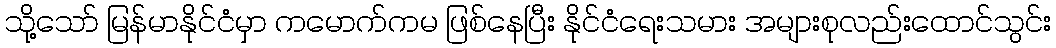
သို့သော် မြန်မာနိုင်ငံမှာ ကမောက်ကမ ဖြစ်နေပြီး နိုင်ငံရေးသမား အများစုလည်းထောင်သွင်း